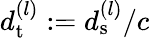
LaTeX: d_{\mathrm{t}}^{(l)}:=d_{\mathrm{s}}^{(l)}/c